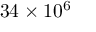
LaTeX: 3 4 \times 1 0 ^ { 6 }